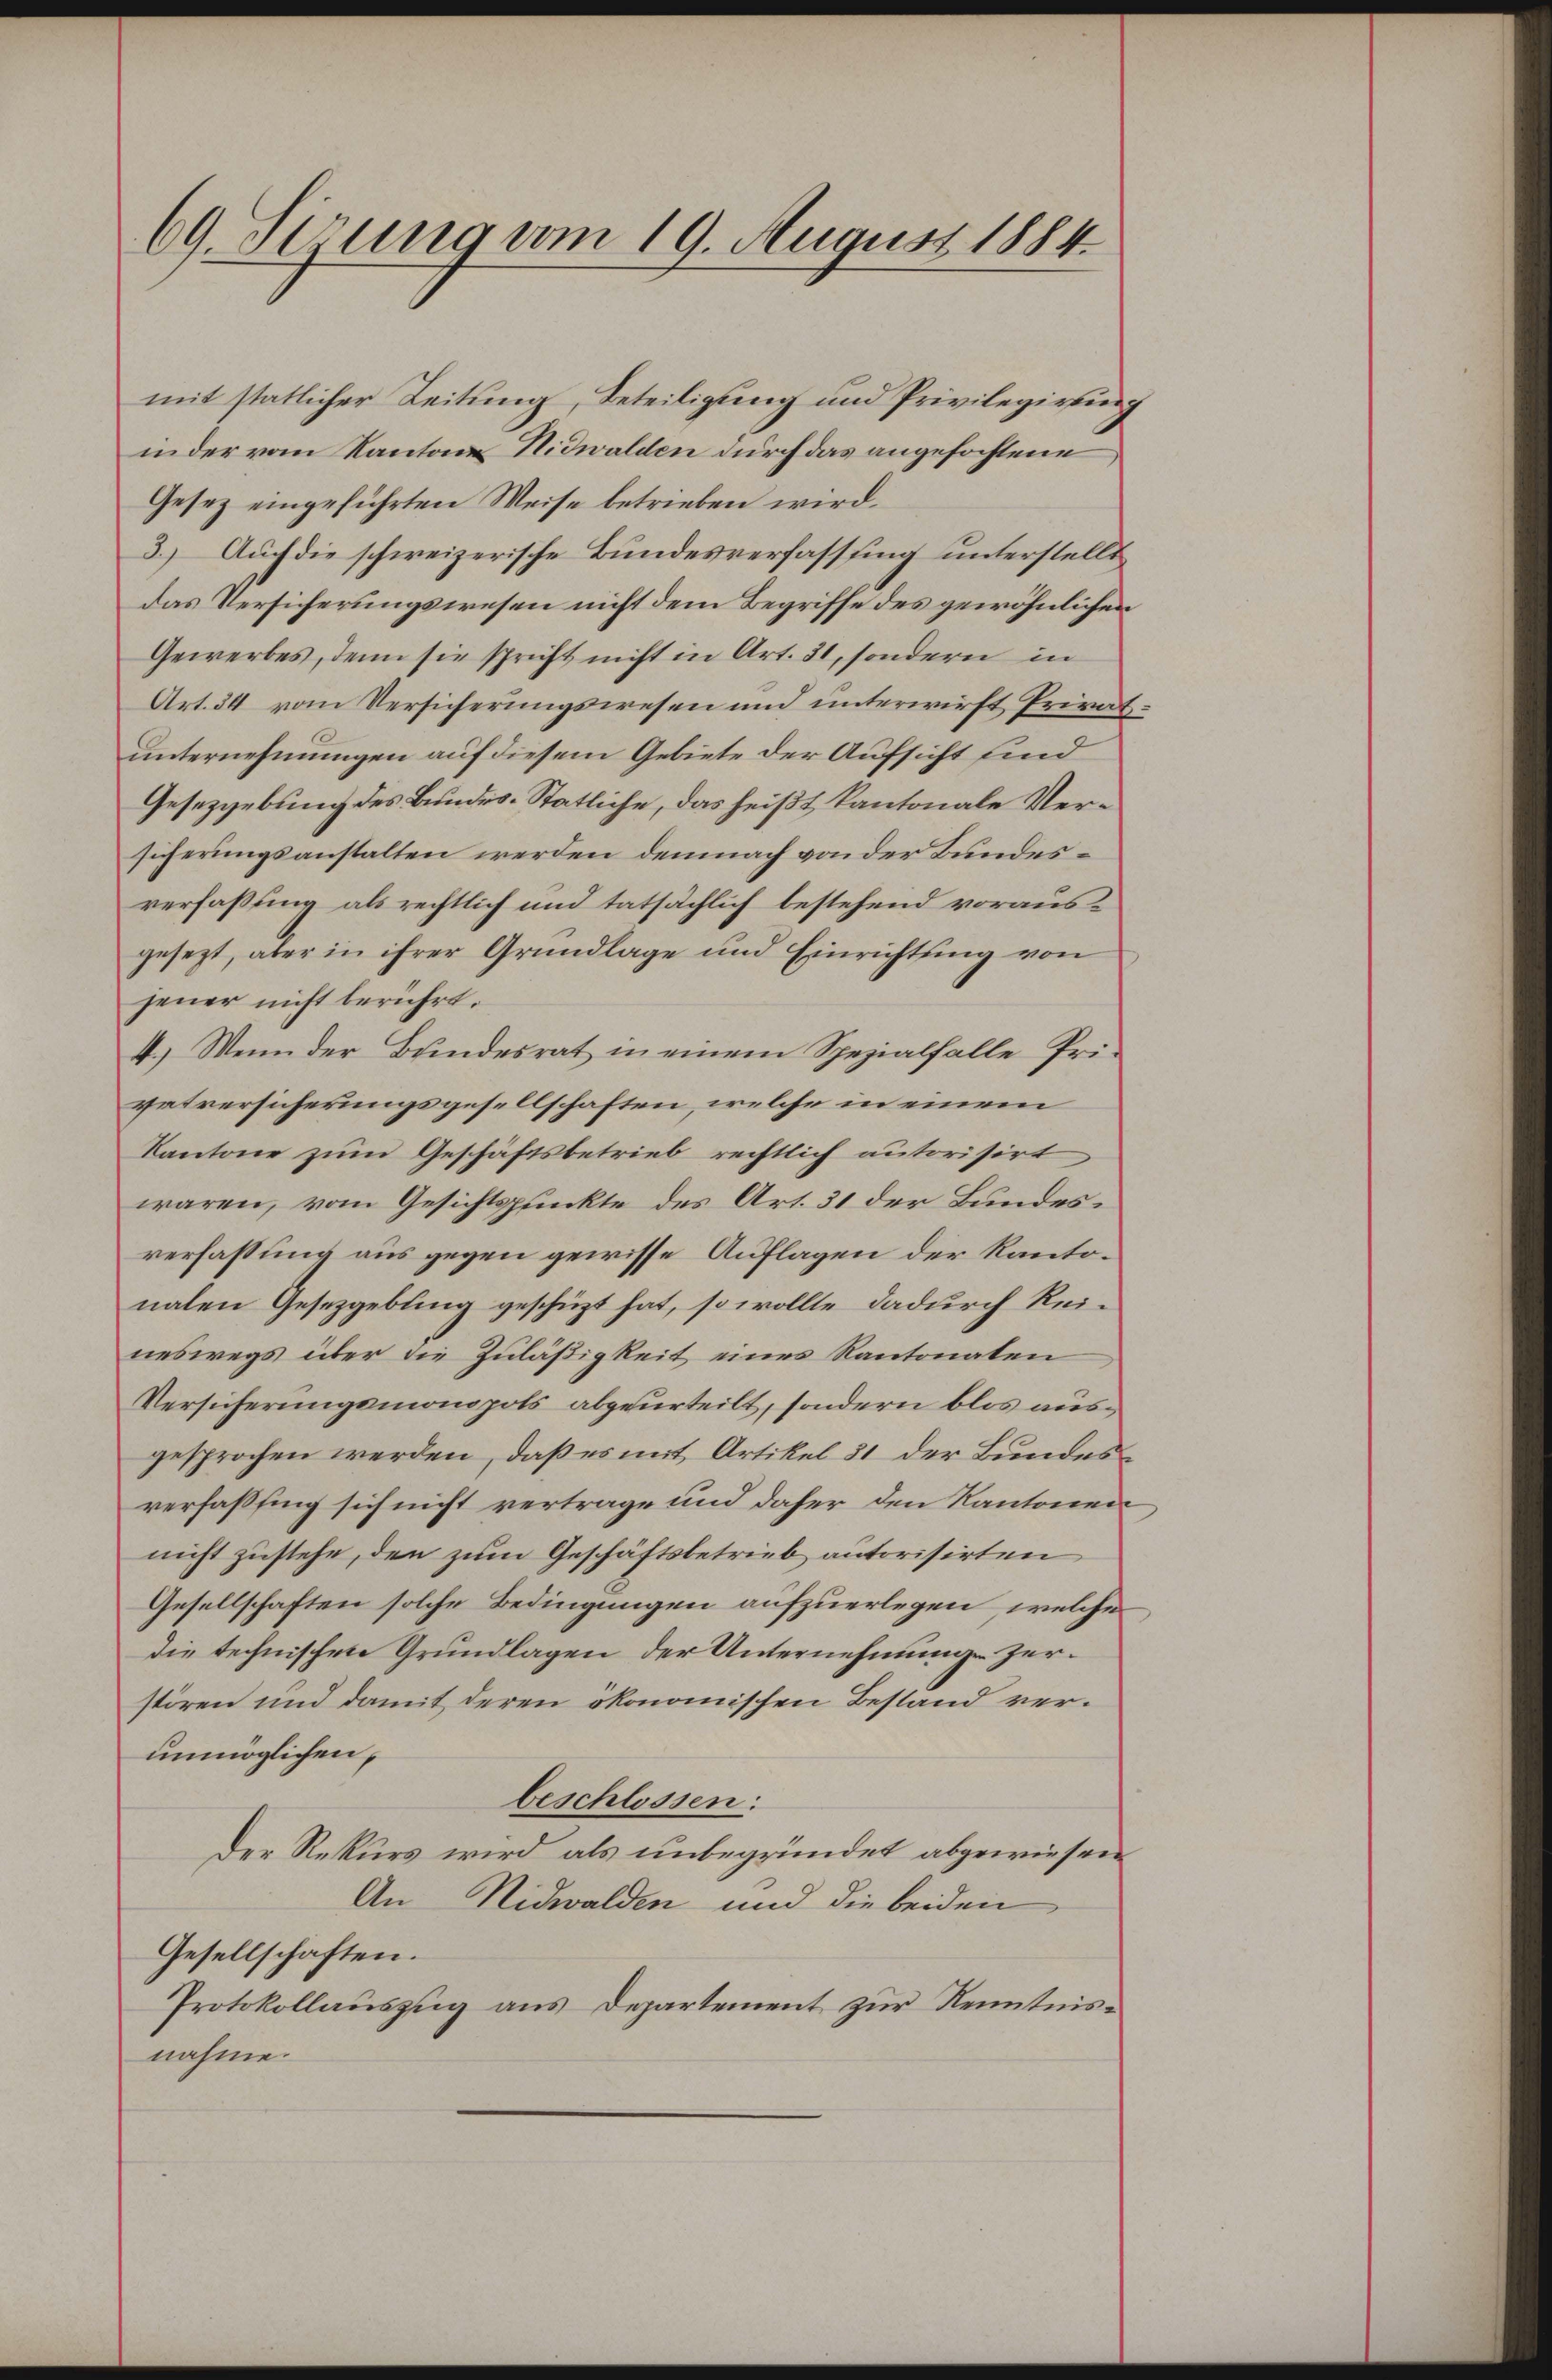
69. Sirung vom 19. August 1884

mit statlicher Zeitung, Beteiligung und Privilegierung
inder vom Kanton Nidwalden durch das angefochtene
Gesez eingeführten Weise betrieben wird.
3.) Auch die schweizerische Bundesverfasssing unterstellt
das Versicherungswesen nicht dem Begriffe des gewöhnlichen
Gewerbes, denn sie spricht nicht in Art. 31, sondern in
Art. 34 vom Versicherungswesen und unterwirft Privatunternehmungen auf diesem Gebiete der Aufsicht sind
Gesetzgebung des Bundes-Statliche, das heißt, kantonale Versicherungsanstalten werden demnach von der Bundesverfassung als rechtlich und tatsächlich bestehend vorausgesezt, aber in ihrer Grundlage und Einrichtung von
jener nicht berührt.
4.) Wenn der Bundesrat in einem Spezialfalle Pri-
vatversicherungsgesellschaften, welche in einem
Kantone zum Geschäftsbetrieb rechtlich autorisirt,
waren, vom Gesichtspunkte des Art. 31 der Bundesverfassung aus gegen gewisse Auflagen der Kantonalen Gesetzgebung geschüzt hat, so wollte dadurch Reineswegs über die Zuläßigkeit eines Kantonaten
Versicherungsmonopols abgeurteilt, sondern blos ausgesprochen werden, daß es mit Artikel 31 der Bundesverfaßfing sich nicht vertrage und daher den Kantonen,
nicht zustehe, den zum Geschäftsbetrieb autorisirten
Gesellschaften solche Bedingungen aufzuerlegen, welche
die technischen Grundlagen der Unternehmunge zerstören und damit deren ökonomischen Bestand verunmöglichen,
beschlossen:
Der Rekurs wird als unbegründet abgewiesen
An Nidwalden und die beiden
Gesellschaften.
Protokollauszug aus Departement zur Kenntnisnahme.